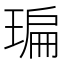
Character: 㻞